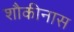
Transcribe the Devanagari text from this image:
शौकीनास